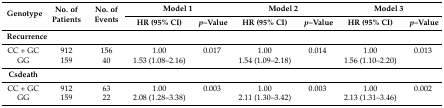
<table><thead><tr><td rowspan="2"><b>Genotype</b></td><td rowspan="2"><b>No. of Patients</b></td><td rowspan="2"><b>No. of Events</b></td><td colspan="2"><b>Model 1</b></td><td colspan="2"><b>Model 2</b></td><td colspan="2"><b>Model 3</b></td></tr><tr><td><b>HR (95% CI)</b></td><td><b><i>p</i>–Value</b></td><td><b>HR (95% CI)</b></td><td><b><i>p</i>–Value</b></td><td><b>HR (95% CI)</b></td><td><b><i>p</i>–Value</b></td></tr></thead><tbody><tr><td><b>Recurrence</b></td><td></td><td></td><td></td><td></td><td></td><td></td><td></td><td></td></tr><tr><td>CC + GC</td><td>912</td><td>156</td><td>1.00</td><td>0.017</td><td>1.00</td><td>0.014</td><td>1.00</td><td>0.013</td></tr><tr><td>GG</td><td>159</td><td>40</td><td>1.53 (1.08–2.16)</td><td></td><td>1.54 (1.09–2.18)</td><td></td><td>1.56 (1.10–2.20)</td><td></td></tr><tr><td><b>Csdeath</b></td><td></td><td></td><td></td><td></td><td></td><td></td><td></td><td></td></tr><tr><td>CC + GC</td><td>912</td><td>63</td><td>1.00</td><td>0.003</td><td>1.00</td><td>0.003</td><td>1.00</td><td>0.002</td></tr><tr><td>GG</td><td>159</td><td>22</td><td>2.08 (1.28–3.38)</td><td></td><td>2.11 (1.30–3.42)</td><td></td><td>2.13 (1.31–3.46)</td><td></td></tr></tbody></table>